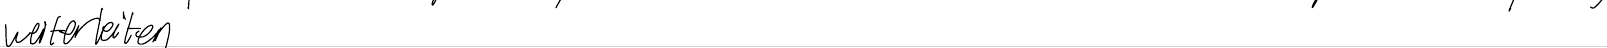
weiterleiten